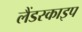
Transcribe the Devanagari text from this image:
लैंडस्काइप